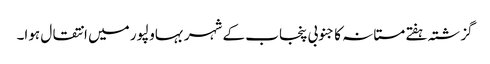
گزشتہ ہفتے مستانہ کا جنوبی پنجاب کے شہر بہاولپور میں انتقال ہوا۔